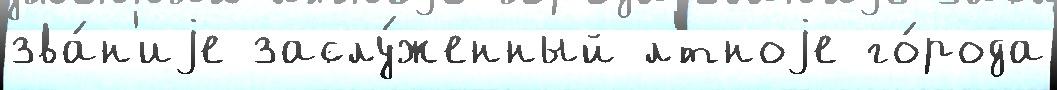
зва́н'иjе заслу́женный л'́тноjе го́рода